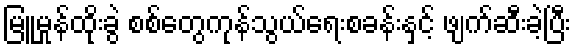
မြူမှုန်ထိုးခွဲ စစ်တွေကုန်သွယ်ရေးစခန်းနှင့် ဖျက်ဆီးခဲ့ပြီး